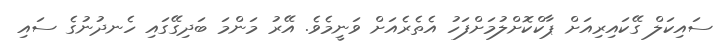
ސައިކަލް ގޭކައިރިއަށް ޕާކްކޮށްލުމަށްފަހު އެތެރެއަށް ވަނީމެވެ. އޭރު މަންމަ ބަދިގޭގައި ހެނދުނުގެ ސައި